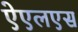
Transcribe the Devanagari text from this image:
ऐएलएस